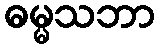
ဓမ္မသဘာ